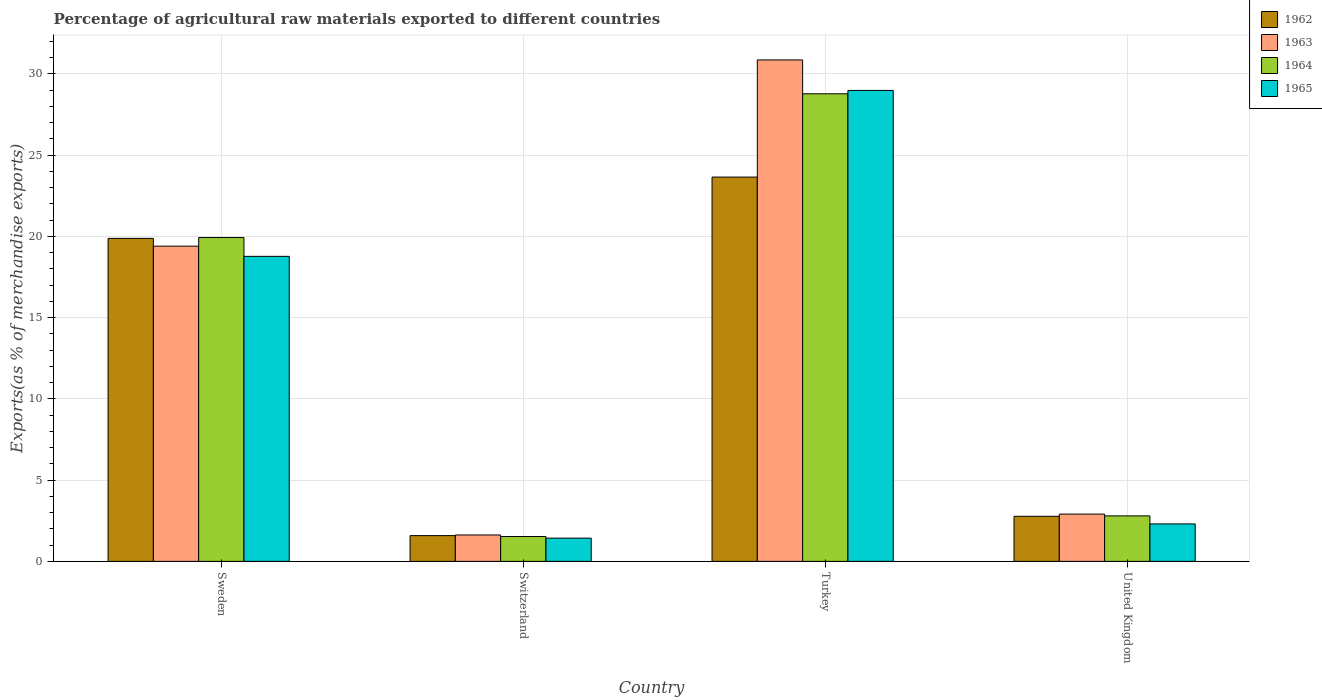
| Country | 1962 | 1963 | 1964 | 1965 |
 | --- | --- | --- | --- | --- |
 | Sweden | 19.9 | 19.4 | 19.9 | 18.8 |
 | Switzerland | 1.58 | 1.62 | 1.53 | 1.43 |
 | Turkey | 23.7 | 30.9 | 28.8 | 29 |
 | United Kingdom | 2.77 | 2.91 | 2.8 | 2.3 |